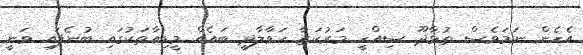
އެހެން ނަމަވެސް ތުޅާދޫ ސިއްހީ މަރުކަޒާ ހަވާލާދީ ބައެއް މީޑިއާތަކުގައި ބުނެފައި ވަނީ